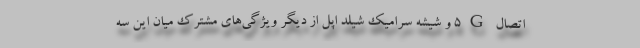
اتصال 5G و شیشه سرامیک شیلد اپل از دیگر ویژگی‌های مشترک میان این سه